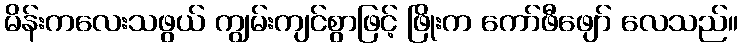
မိန်းကလေးသဖွယ် ကျွမ်းကျင်စွာဖြင့် ဖြိုးက ကော်ဖီဖျော် လေသည်။